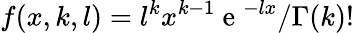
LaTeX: f(x,k,l)=l^{k}x^{k-1}\mathrm{~e~}^{-lx}/\Gamma(k)!